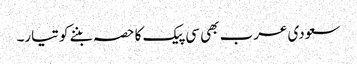
سعودی عرب بھی سی پیک کا حصہ بننے کو تیار۔